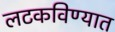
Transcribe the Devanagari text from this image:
लटकविण्यात